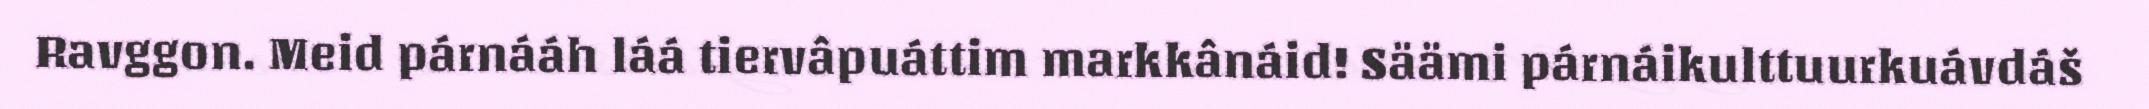
Ravggon. Meid párnááh láá tiervâpuáttim markkânáid! Säämi párnáikulttuurkuávdáš